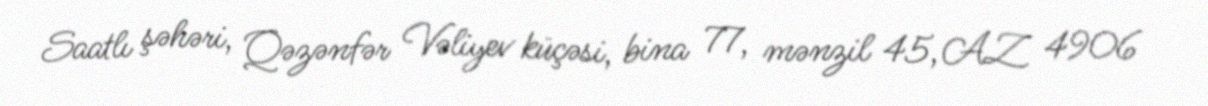
Saatlı şəhəri, Qəzənfər Vəliyev küçəsi, bina 77, mənzil 45, AZ 4906